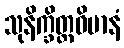
သုနိက္ခိတ္တဝိမာနံ